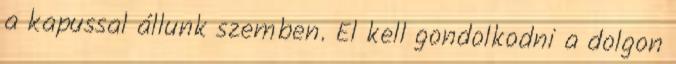
a kapussal állunk szemben. El kell gondolkodni a dolgon